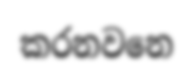
කරනවනෙ